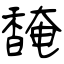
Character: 馣